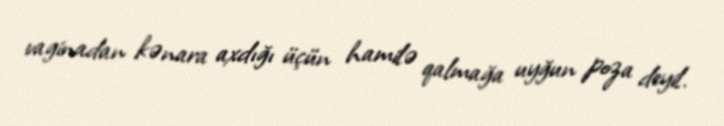
vaginadan kənara axdığı üçün hamilə qalmağa uyğun poza deyil.